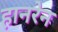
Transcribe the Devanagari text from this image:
हानरेन